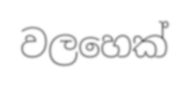
වලහෙක්